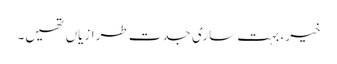
خیر، بہت ساری جدت طرازیاں تھیں۔